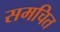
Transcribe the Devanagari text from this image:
समचित